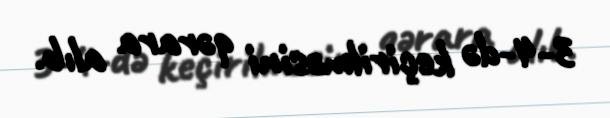
3-4-də keçirilməsini qərara alıb.